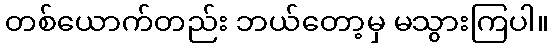
တစ်ယောက်တည်း ဘယ်တော့မှ မသွားကြပါ။